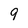
Character: 9